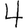
Digit: 4